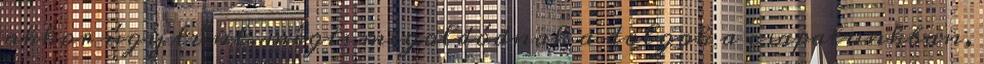
akkor úgy tűnt, mégis megoldódnak a dolgok a csapatunkban,